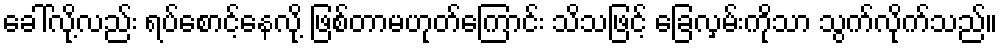
ခေါ်လို့လည်း ရပ်စောင့်နေလို့ ဖြစ်တာမဟုတ်ကြောင်း သိသဖြင့် ခြေလှမ်းကိုသာ သွက်လိုက်သည်။